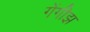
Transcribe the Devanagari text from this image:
गेंगीझ